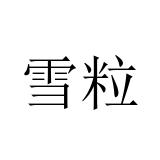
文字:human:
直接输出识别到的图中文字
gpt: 雪粒